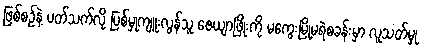
ဖြစ်စဉ်နဲ့ ပတ်သက်လို့ ပြစ်မှုကျူးလွန်သူ ဇေယျာဖြိုးကို မကွေးမြို့မရဲစခန်းမှာ လူသတ်မှု